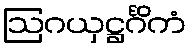
ဩဂယှဋ္ဌင်္ဂိကံ